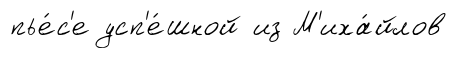
пье́с'е усп'е́шной из М'иха́йлов